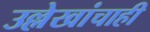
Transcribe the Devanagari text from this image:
उल्लेखांचाही